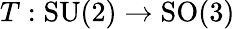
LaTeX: T:\mathrm{SU}(2)\rightarrow\mathrm{SO}(3)